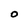
Character: O